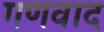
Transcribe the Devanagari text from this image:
गणवाद